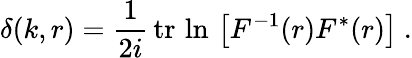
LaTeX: \delta(k,r)=\frac{1}{2i}\, \mathrm{tr}\, \ln\, \left[F^{-1}(r)F^{*}(r)\right]\ .